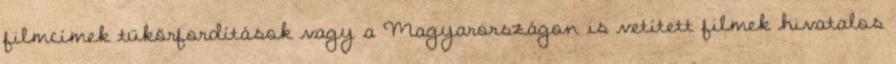
filmcímek tükörfordítások vagy a Magyarországon is vetített filmek hivatalos